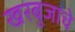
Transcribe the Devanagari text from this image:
खरबुजाचे